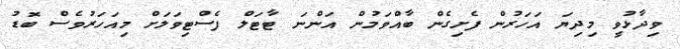
ވިދާޅުވީ މިދިޔަ އަހަރުން ފެށިގެން ބާއްވަމުން އަންނަ ޓާޓަލް ފެސްޓިވަލަށް މިއަހަރުވެސް ބޮޑު